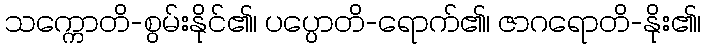
သက္ကောတိ-စွမ်းနိုင်၏၊ ပပ္ပောတိ-ရောက်၏၊ ဇာဂရောတိ-နိုး၏၊